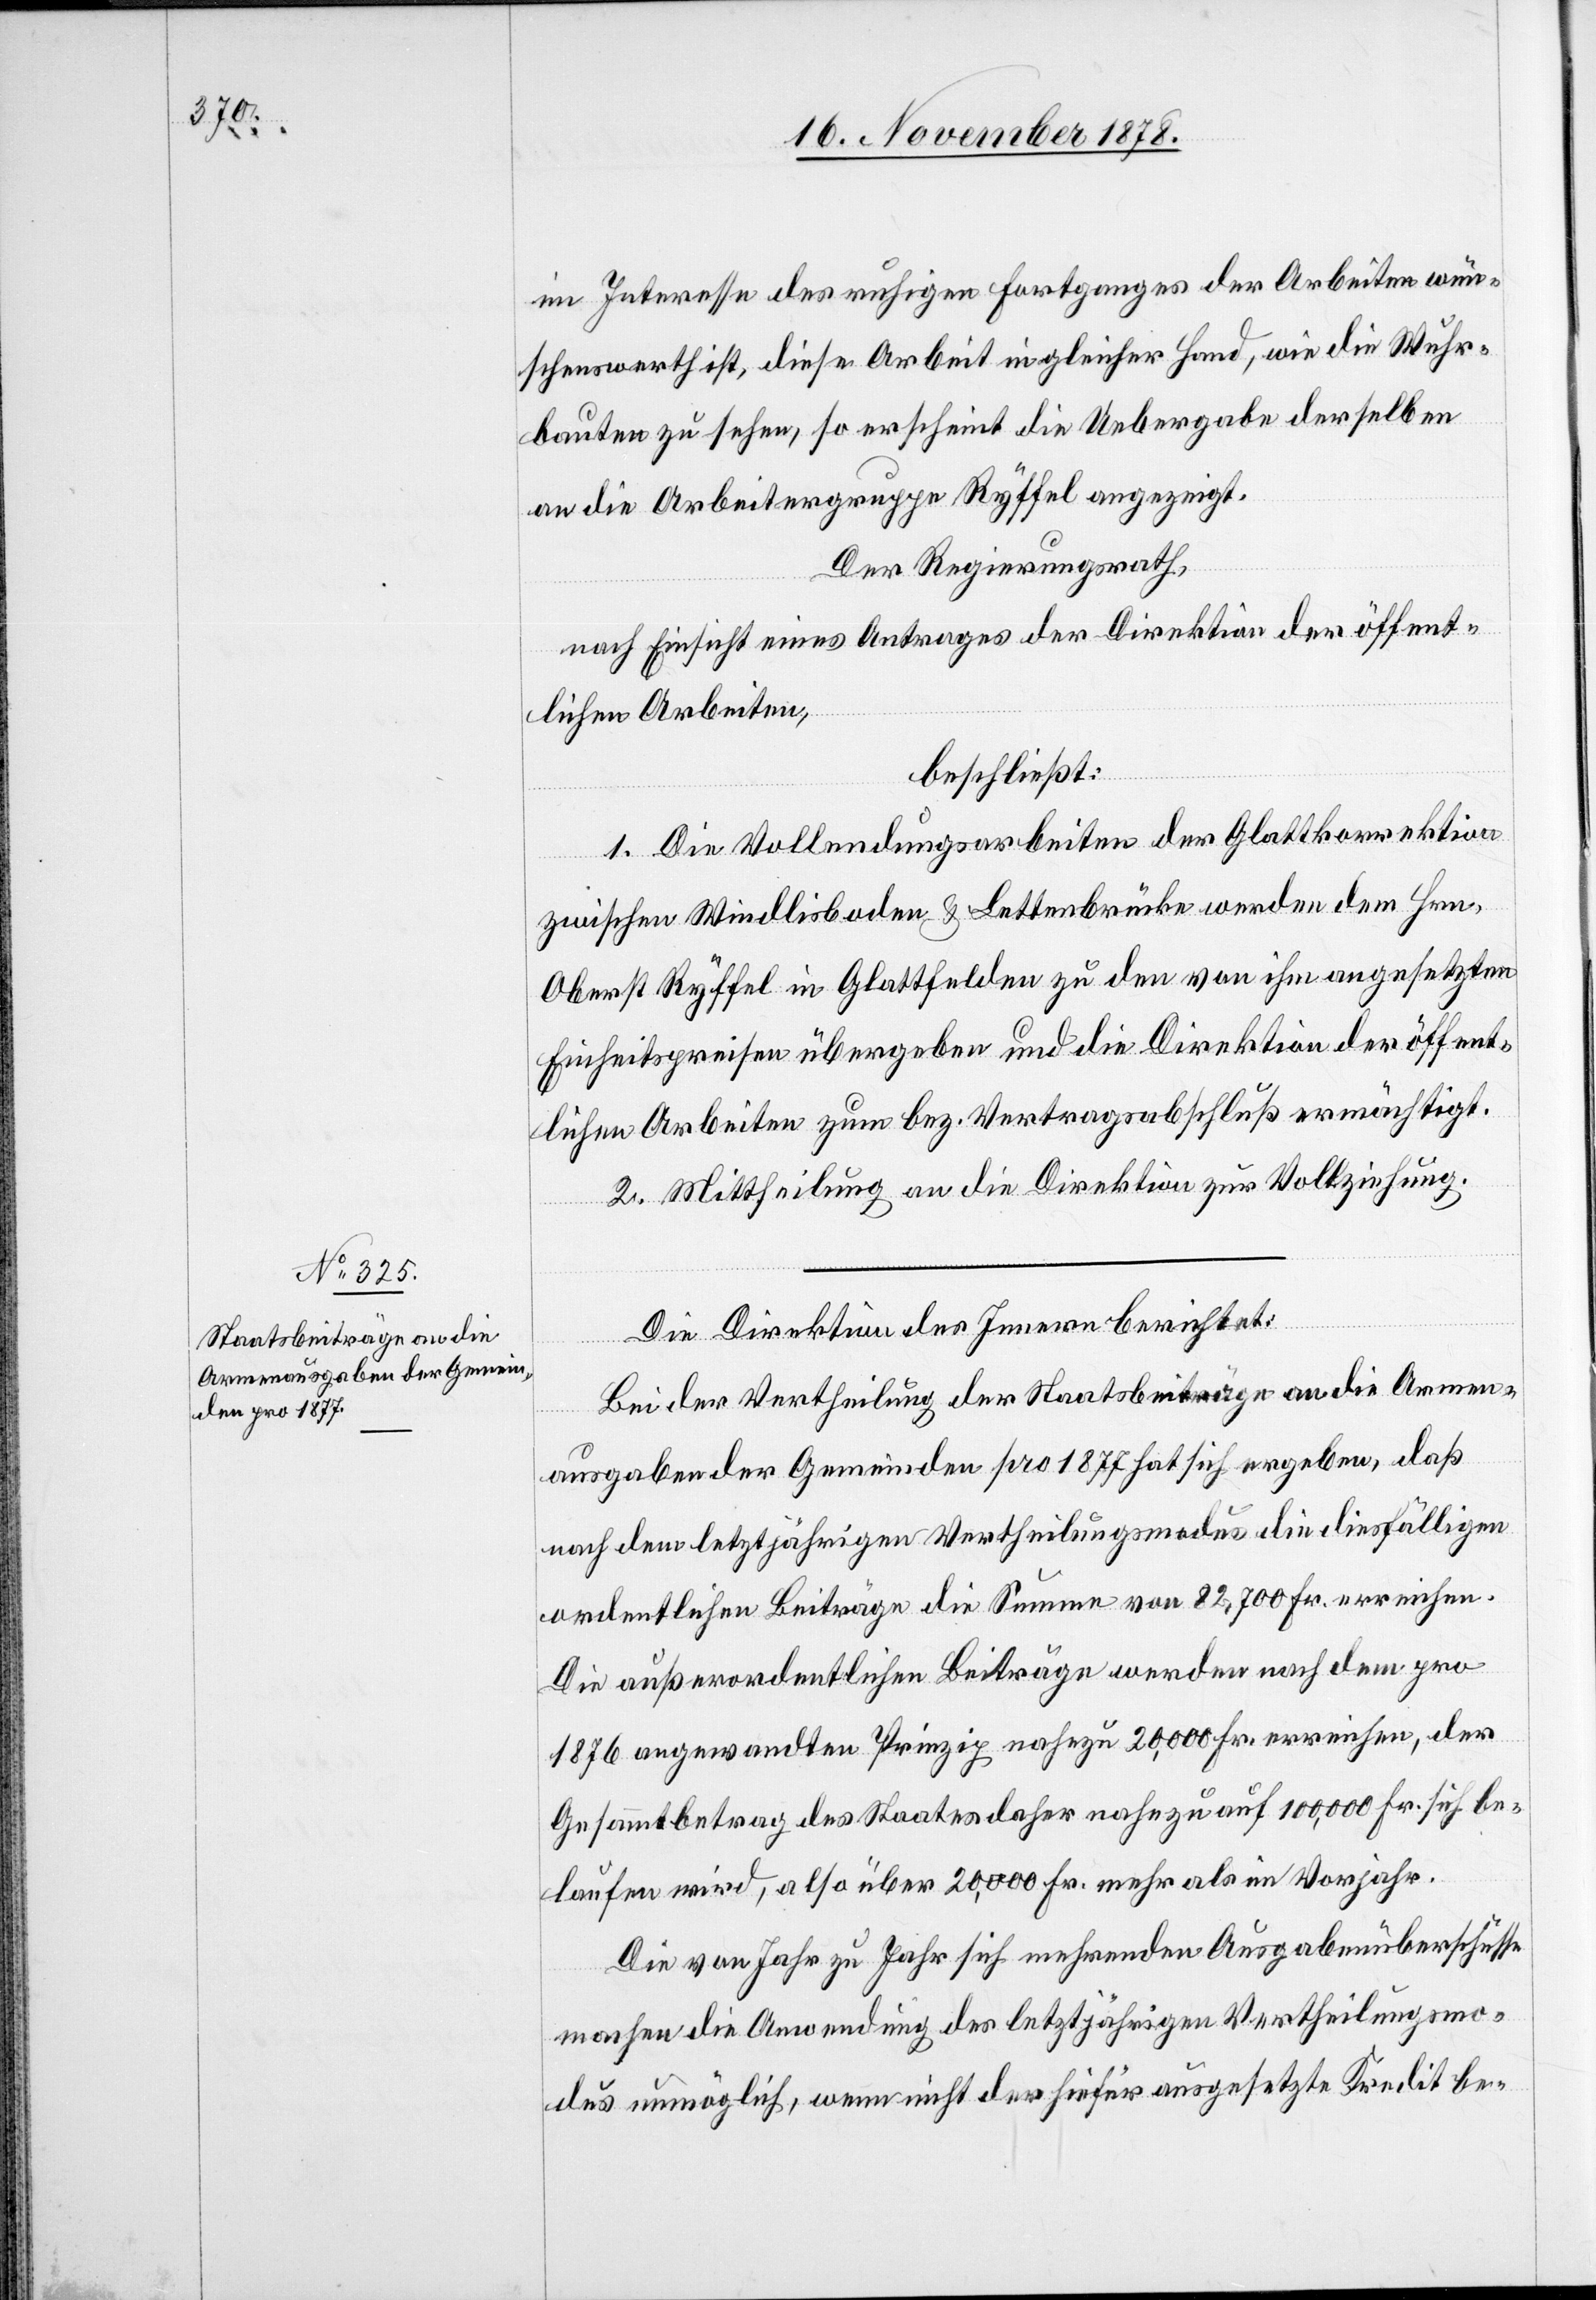
im Interesse des ruhigen Fortganges der Arbeiten wün¬
schenswerth ist, diese Arbeit in gleicher Hand, wie die Wuhr¬
bauten zu sehen, so erscheint die Uebergabe derselben
an die Arbeitergruppe Ryffel angezeigt.
Der Regierungsrath,
nach Einsicht eines Antrages der Direktion der öffent¬
lichen Arbeiten,
beschließt:
1. Die Vollendungsarbeiten der Glattkorrektion
zwischen Windlisboden & Lettenbrücke werden dem Hrn.
Oberst Ryffel in Glattfelden zu den von ihm angesetzten
Einheitspreise übergeben und die Direktion der öffent¬
lichen Arbeiten zum bez. Vertragsabschluß ermächtigt.
2. Mittheilung an die Direktion zur Vollziehung.
Die Direktion des Innern berichtet:
Bei der Vertheilung der Staatsbeiträge an die Armen¬
ausgaben der Gemeinden pro 1877 hat sich ergeben, daß
nach dem letztjährigen Vertheilungsmodus die diesfälligen
ordentlichen Beiträge die Summe von 82,700 Fr. erreichen.
Die außerordentlichen Beiträge werden nach dem pro
1876 angewandten Prinzip nahezu 20,000 Fr. erreichen, der
Gesammtbetrag des Staates daher nahezu auf 100,000 Fr. sich be¬
laufen wird, also über 20,000 mehr als im Vorjahr.
Die von Jahr zu Jahr sich mehrenden Ausgabenüberschüsse
machen die Anwendung des letztjährigen Vertheilungsmo¬
dus unmöglich, wenn nicht der hiefür ausgesetzte Kredit be-